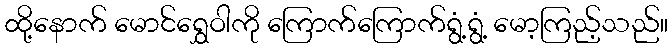
ထို့နောက် မောင်ရွှေဝါကို ကြောက်ကြောက်ရွံ့ရွံ့ မော့ကြည့်သည်။